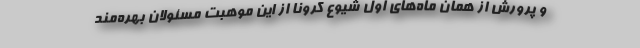
و پرورش از همان ماه‌های اول شیوع کرونا از این موهبت مسئولان بهره‌مند